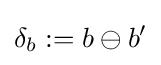
\delta _{b}:=b\ominus b'